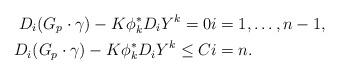
LaTeX: \begin{align*} D_i(G_p \cdot \gamma) - K \phi_{k}^*D_iY^k =0 &i = 1,\dots,n-1,\\ D_i(G_p \cdot \gamma) - K \phi_{k}^*D_iY^k \leq C &i=n.\end{align*}